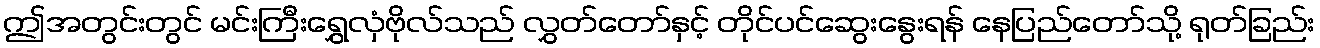
ဤအတွင်းတွင် မင်းကြီးရွှေလှံဗိုလ်သည် လွှတ်တော်နှင့် တိုင်ပင်ဆွေးနွေးရန် နေပြည်တော်သို့ ရုတ်ခြည်း